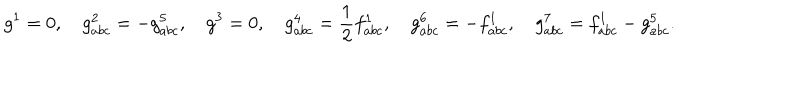
g ^ { 1 } = 0 , \quad g _ { a b c } ^ { 2 } = - g _ { a b c } ^ { 5 } , \quad g ^ { 3 } = 0 , \quad g _ { a b c } ^ { 4 } = \frac { 1 } { 2 } f _ { a b c } ^ { 1 } , \quad g _ { a b c } ^ { 6 } = - f _ { a b c } ^ { 1 } , \quad g _ { a b c } ^ { 7 } = f _ { a b c } ^ { 1 } - g _ { a b c } ^ { 5 } .